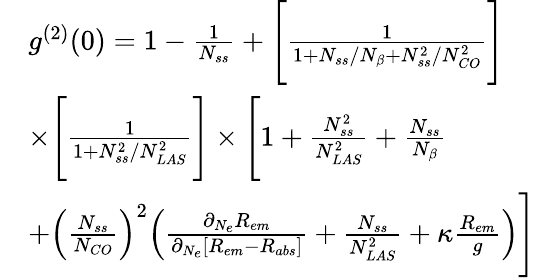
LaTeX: \begin{array}{rl}&{g^{(2)}(0)=1-\frac{1}{N_{ss}}+\Bigg[\frac{1}{1+N_{ss}/N_{\beta}+N_{ss}^{2}/N_{CO}^{2}}\Bigg]}\\ &{\times\Bigg[\frac{1}{1+N_{ss}^{2}/N_{LAS}^{2}}\Bigg]\times\Bigg[1+\frac{N_{ss}^{2}}{N_{LAS}^{2}}+\frac{N_{ss}}{N_{\beta}}}\\ &{+\Big(\frac{N_{ss}}{N_{CO}}\Big)^{2}\Big(\frac{\partial_{N_{e}}R_{em}}{\partial_{N_{e}}[R_{em}-R_{abs}]}+\frac{N_{ss}}{N_{LAS}^{2}}+\kappa\frac{R_{em}}{g}\Big)\Bigg]}\end{array}